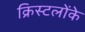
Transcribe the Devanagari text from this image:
क्रिस्टलोंके